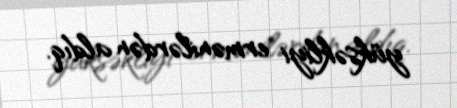
yüksəkliyi ermənilərdən aldıq.